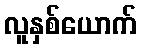
လူနှစ်ယောက်